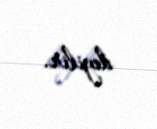
deyilir.